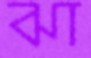
ঝা